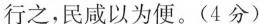
行之，民咸以为便，(4分)